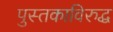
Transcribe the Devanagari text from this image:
पुस्तकाविरुद्ध